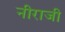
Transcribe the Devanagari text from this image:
नीराजी